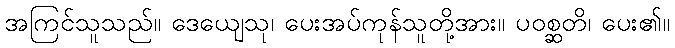
အကြင်သူသည်။ ဒေယျေသု၊ ပေးအပ်ကုန်သူတို့အား။ ပဝစ္ဆတိ၊ ပေး၏။